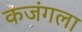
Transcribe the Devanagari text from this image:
कजंगला